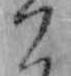
こ